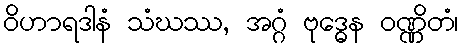
ဝိဟာရဒါနံ သံဃဿ, အဂ္ဂံ ဗုဒ္ဓေန ဝဏ္ဏိတံ၊